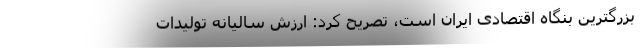
بزرگترین بنگاه اقتصادی ایران است، تصریح کرد: ارزش سالیانه تولیدات